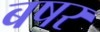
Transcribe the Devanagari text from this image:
बषर